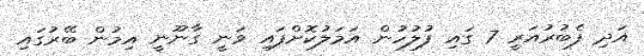
އަދި ފެބުރުއަރީ 7 ގައި ފުލުހުން އަމަލުކޮށްފައި ވަނީ ގާނޫނީ އިމުން ބޭރުގައި